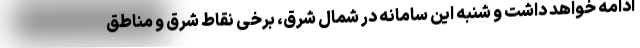
ادامه خواهد داشت و شنبه این سامانه در شمال شرق، برخی نقاط شرق و مناطق